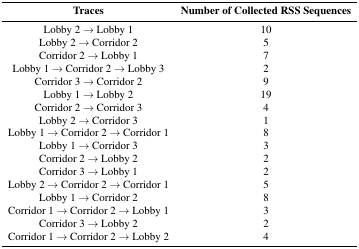
| Traces | Number of Collected RSS Sequences |
 | --- | --- |
 | Lobby 2 → Lobby 1 | 10 |
 | Lobby 2 → Corridor 2 | 5 |
 | Corridor 2 → Lobby 1 | 7 |
 | Lobby 1 → Corridor 2 → Lobby 3 | 2 |
 | Corridor 3 → Corridor 2 | 9 |
 | Lobby 1 → Lobby 2 | 19 |
 | Corridor 2 → Corridor 3 | 4 |
 | Lobby 2 → Corridor 3 | 1 |
 | Lobby 1 → Corridor 2 → Corridor 1 | 8 |
 | Lobby 1 → Corridor 3 | 3 |
 | Corridor 2 → Lobby 2 | 2 |
 | Corridor 3 → Lobby 1 | 2 |
 | Lobby 2 → Corridor 2 → Corridor 1 | 5 |
 | Lobby 1 → Corridor 2 | 8 |
 | Corridor 1 → Corridor 2 → Lobby 1 | 3 |
 | Corridor 3 → Lobby 2 | 2 |
 | Corridor 1 → Corridor 2 → Lobby 2 | 4 |